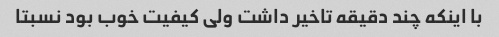
با اینکه چند دقیقه تاخیر داشت ولی کیفیت خوب بود نسبتا